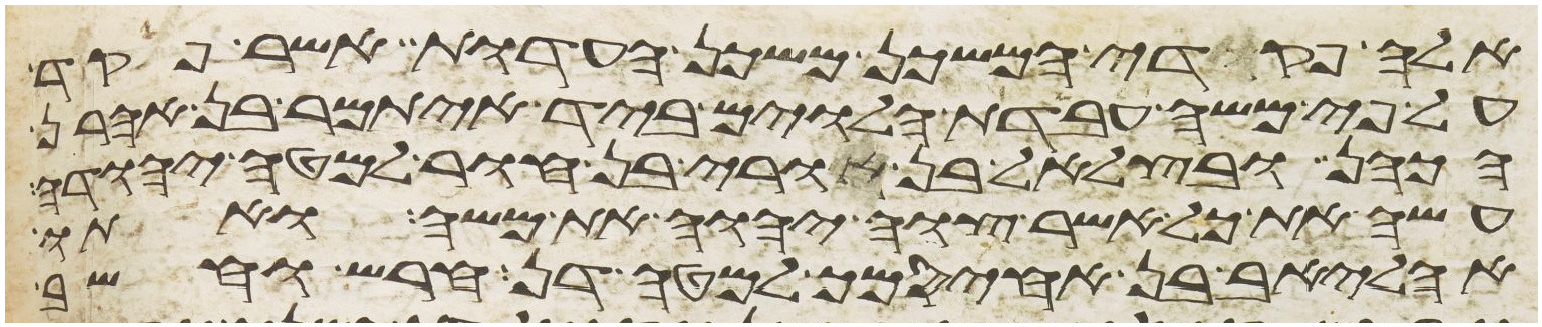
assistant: אלה פקדי המשכן משכן העדות אשר פקד
על פי משה עבדת הלוים ביד איתמר בן אהרן
הכהן ובצלאל בן אורי בן חור למטה יהודה
עשה את כל אשר צוה יהוה את משה ואתו
אהליאב בן אחיסמך למטה דן חרש וחשב